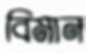
বিমান